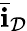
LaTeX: \bar{\mathbf i}_{\mathcal D}